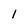
Character: 1